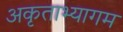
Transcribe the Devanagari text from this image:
अकृताभ्यागम